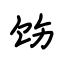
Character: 饬